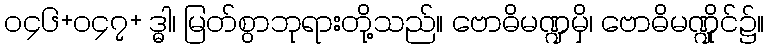
၀၄၆+၀၄၇+ ဒ္ဓါ၊ မြတ်စွာဘုရားတို့သည်။ ဗောဓိမဏ္ဍမှိ၊ ဗောဓိမဏ္ဍိုင်၌။